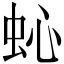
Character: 𱿜